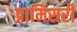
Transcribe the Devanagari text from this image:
प्रामिसरी